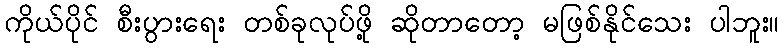
ကိုယ်ပိုင် စီးပွားရေး တစ်ခုလုပ်ဖို့ ဆိုတာတော့ မဖြစ်နိုင်သေး ပါဘူး။